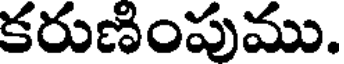
కరుణింపుము.